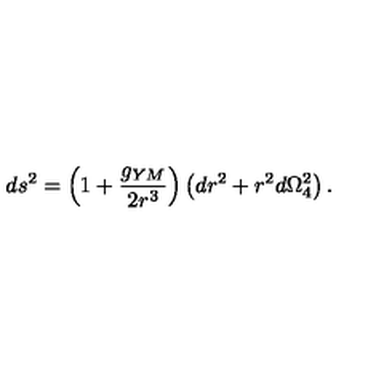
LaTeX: d s ^ { 2 } = \left( 1 + \frac { g _ { Y M } } { 2 r ^ { 3 } } \right) \left( d r ^ { 2 } + r ^ { 2 } d \Omega _ { 4 } ^ { 2 } \right) .